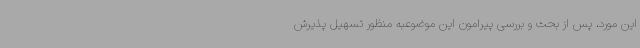
این مورد، پس از بحث و بررسی پیرامون این موضوعبه منظور تسهیل پذیرش